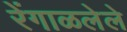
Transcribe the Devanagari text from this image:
रेंगाळलेले